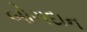
બોગદાન